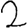
Digit: 2